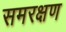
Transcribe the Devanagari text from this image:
समरक्षण